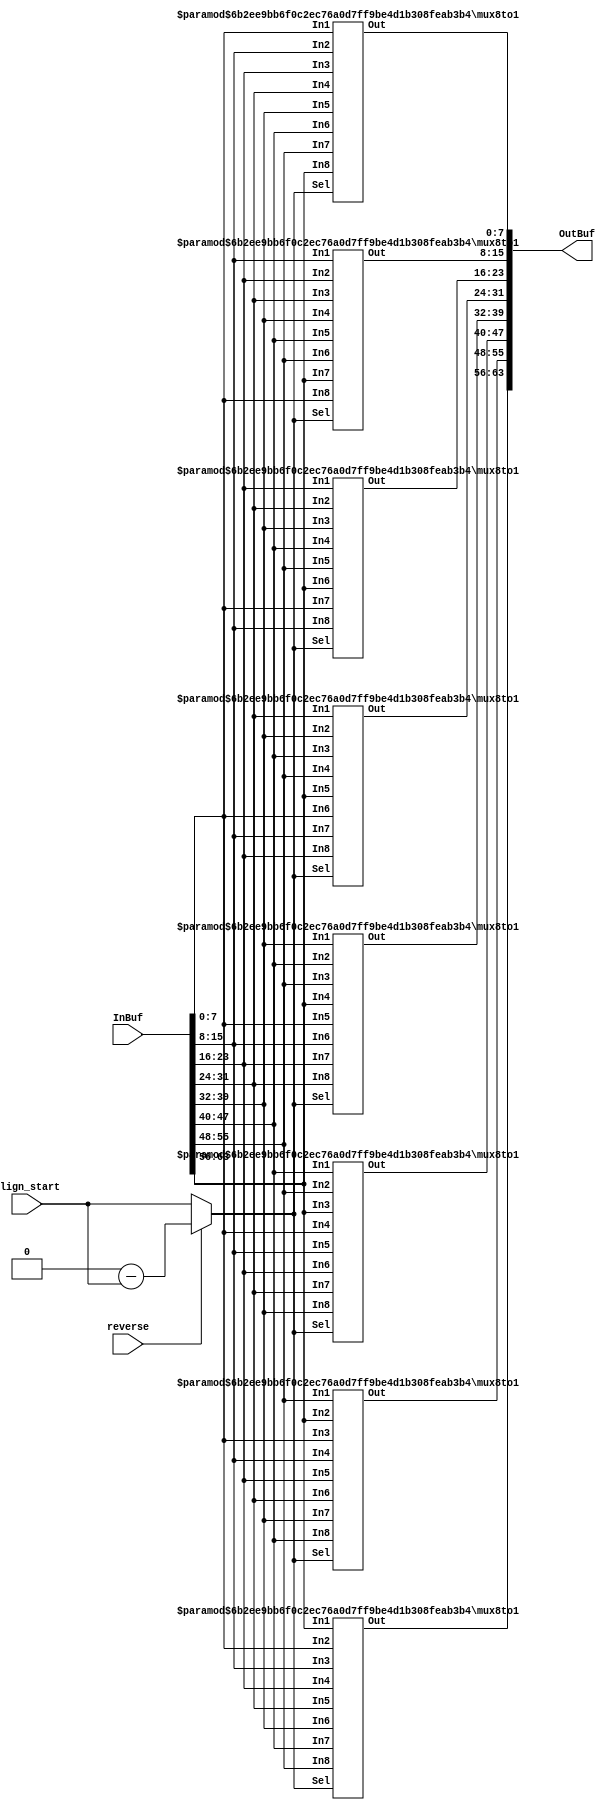
module alignment_network(
    InBuf,
    reverse,
    align_start,
    OutBuf
);
    // constants
    parameter DATA_WIDTH = 64;
    parameter WORD_WIDTH = 8;

    input [DATA_WIDTH-1:0] InBuf;
    input reverse;
    input [2:0] align_start;
    //input [clog2(DATA_WIDTH/WORD_WIDTH)-1:0] align_start;
    output [DATA_WIDTH-1:0] OutBuf;

    wire [2:0] sel;

    wire [WORD_WIDTH-1:0] InBuf_data [DATA_WIDTH/WORD_WIDTH-1:0];
    wire [WORD_WIDTH-1:0] OutBuf_data [DATA_WIDTH/WORD_WIDTH-1:0];

    assign sel = reverse ? (DATA_WIDTH/WORD_WIDTH) - align_start : align_start;

    genvar i;
    generate
        for (i = 0; i < DATA_WIDTH/WORD_WIDTH; i = i + 1)
        begin
            assign  InBuf_data[i] = InBuf[((WORD_WIDTH)*(i+1)-1):(WORD_WIDTH)*i];

            mux8to1 #(.DATA_WIDTH(WORD_WIDTH), .SEL_WIDTH(3)) MUX_Data(
                .Out(OutBuf_data[i]),
                //.Out(OutBuf[((DATA_WIDTH/8)*(i+1)-1):(DATA_WIDTH/8)*i]),
                .Sel(sel),
                .In1(InBuf_data[(i)&3'b111]),
                .In2(InBuf_data[(i+1)&3'b111]),
                .In3(InBuf_data[(i+2)&3'b111]),
                .In4(InBuf_data[(i+3)&3'b111]),
                .In5(InBuf_data[(i+4)&3'b111]),
                .In6(InBuf_data[(i+5)&3'b111]),
                .In7(InBuf_data[(i+6)&3'b111]),
                .In8(InBuf_data[(i+7)&3'b111])
                );

            assign OutBuf[((WORD_WIDTH)*(i+1)-1):(WORD_WIDTH)*i] = OutBuf_data[i];
        end
    endgenerate
endmodule


module mux8to1( Out,
      Sel,
      In1,
      In2,
      In3,
      In4,
      In5,
      In6,
      In7,
      In8
);
    parameter DATA_WIDTH = 8;
    parameter SEL_WIDTH = 3;

    input [DATA_WIDTH-1:0]  In1, In2, In3, In4, In5, In6, In7, In8;

    input [SEL_WIDTH-1:0] Sel; //The three bit selection line
    output [DATA_WIDTH-1:0] Out; //The single 8-bit output line of the Mux

    reg [DATA_WIDTH-1:0] Out;

    //Check the state of the input lines

    always @ (In1 or In2 or In3 or In4 or In5 or In6 or In7 or In8 or Sel)
    begin
     case (Sel)
      3'b000 : Out = In1;
      3'b001 : Out = In2;
      3'b010 : Out = In3;
      3'b011 : Out = In4;
      3'b100 : Out = In5;
      3'b101 : Out = In6;
      3'b110 : Out = In7;
      3'b111 : Out = In8;
      default : Out = 8'bx;
      //If input is undefined then output is undefined
     endcase
    end
endmodule

module DeMux1to8(in,
                sel,
                out
);
input in;
input [2:0] sel;
output reg [7:0] out =0;

    always @ (in or sel)
    begin
     case (sel)
      3'b000 : out = in;
      3'b001 : out = in << 1;
      3'b010 : out = in << 2;
      3'b011 : out = in << 3;
      3'b100 : out = in << 4;
      3'b101 : out = in << 5;
      3'b110 : out = in << 6;
      3'b111 : out = in << 7;
      default : out = 8'bx;
      //If input is undefined then output is undefined
     endcase
    end
endmodule



// module alignment_net_tb();
//     parameter DATA_WIDTH = 64;
//
//     reg [DATA_WIDTH-1:0] InBuf;
//     reg reverse;
//     reg [2:0] align_start;
//     wire [DATA_WIDTH-1:0] OutBuf;
//
//
//     alignment_network dut(
//         InBuf,
//         reverse,
//         align_start,
//         OutBuf
//     );
//
//     always #5 align_start = align_start + 1;
//     initial begin
//         $dumpfile("alignment_net_tb.vcd");
//         $dumpvars(0,alignment_net_tb);
//         reverse = 0;
//         InBuf = 64'h0123456789ABCDEF;
//         align_start = 8'h01;
//         #5 align_start = 0;
//         #60 reverse = 1;
//         #60 $finish;
//     end
//
// endmodule